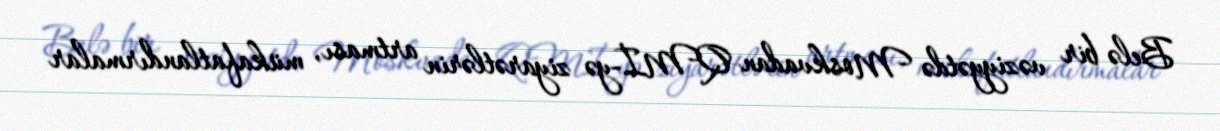
Belə bir vəziyyətdə Moskvadan QMİ-yə ziyarətlərin artması, mükafatlandırmalar